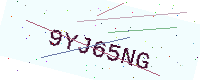
Text: 9YJ65NG